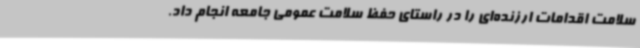
سلامت اقدامات ارزنده‌ای را در راستای حفظ سلامت عمومی جامعه انجام داد.